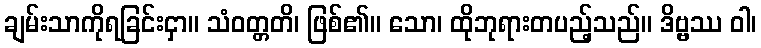
ချမ်းသာကိုရခြင်းငှာ။ သံဝတ္တတိ၊ ဖြစ်၏။ သော၊ ထိုဘုရားတပည့်သည်။ ဒိဗ္ဗဿ ဝါ၊